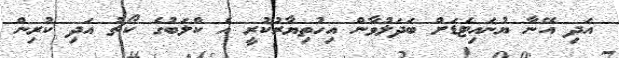
އަދި އޭނާ ޔުނައިޓެޑަށް ބަދަލުވާން އިހުތިޔާރުކުރީ އެ ކްލަބުގެ ކޯޗު އަދި ކުރިން